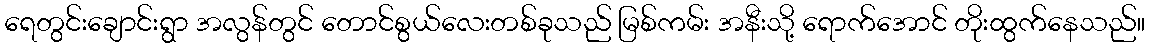
ရေတွင်းချောင်းရွာ အလွန်တွင် တောင်စွယ်လေးတစ်ခုသည် မြစ်ကမ်း အနီးသို့ ရောက်အောင် တိုးထွက်နေသည်။